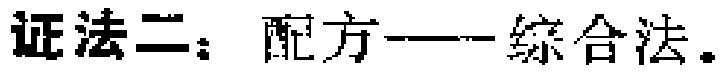
证法二：配方——综合法。